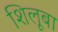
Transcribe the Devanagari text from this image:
शिलूबा